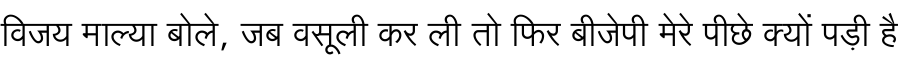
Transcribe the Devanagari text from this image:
विजय माल्या बोले, जब वसूली कर ली तो फिर बीजेपी मेरे पीछे क्यों पड़ी है